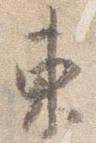
東